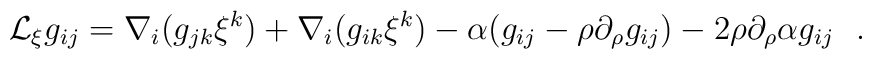
{\cal L}_\xi g_{ij}=\nabla_i(g_{jk}\xi^k)+\nabla_i(g_{ik}\xi^k)-\alpha (g_{ij}-\rho\partial_\rho g_{ij})-2\rho\partial_\rho \alpha g_{ij}~~.